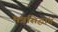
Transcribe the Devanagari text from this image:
मंत्रसिद्धांत